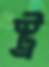
স্ট্র